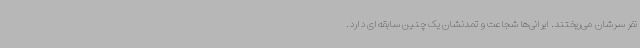
نفر سرشان می‌ریختند. ایرانی‌ها شجاعت و تمدنشان یک چنین سابقه‌ای دارد.